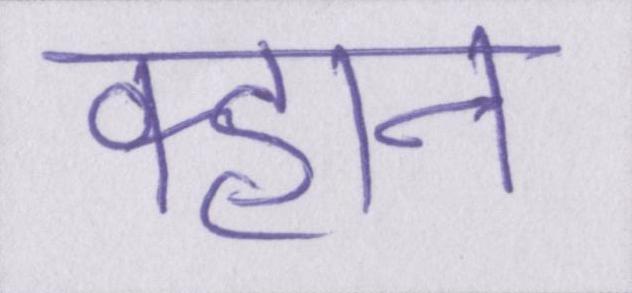
क्हान